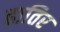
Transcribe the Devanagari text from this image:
हातिर